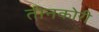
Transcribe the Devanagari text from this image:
तीनकोरी